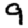
Digit: 9